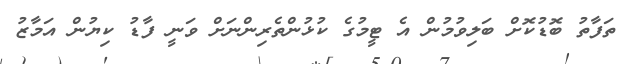
ތަފާތު ބޮޑުކޮށް ބަލިވުމުން އެ ޓީމުގެ ކުޅުންތެރިންނަށް ވަނީ ފާޑު ކިޔުން އަމާޒު